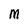
Character: M